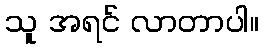
သူ အရင် လာတာပါ။